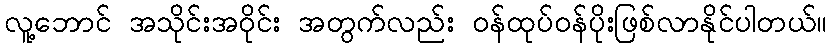
လူ့ဘောင် အသိုင်းအဝိုင်း အတွက်လည်း ဝန်ထုပ်ဝန်ပိုးဖြစ်လာနိုင်ပါတယ်။